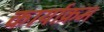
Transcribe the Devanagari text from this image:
कार्याक्रम